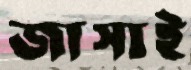
জাসাই